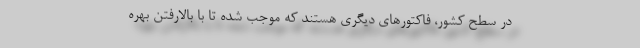
در سطح کشور، فاکتورهای دیگری هستند که موجب شده تا با بالارفتن بهره